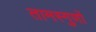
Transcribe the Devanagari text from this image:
तामस्गुणों